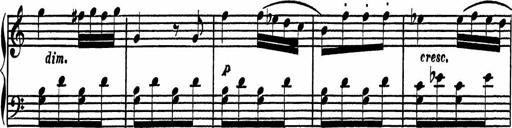
Title: 4 Piano Sonatinas
Composer: Adam Geibel